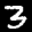
Digit: 3